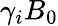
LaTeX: \gamma_{i}B_{0}